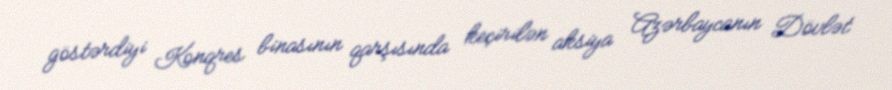
göstərdiyi Konqres binasının qarşısında keçirilən aksiya Azərbaycanın Dövlət